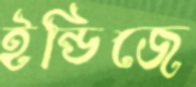
ইন্ডিজে